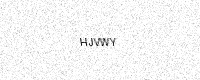
Text: HJVWY